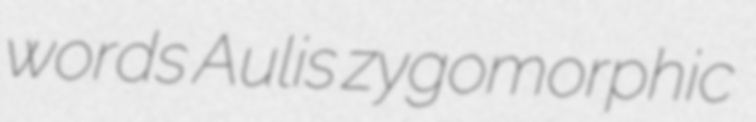
words Aulis zygomorphic